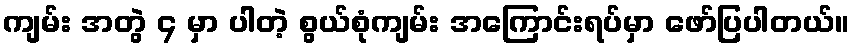
ကျမ်း အတွဲ ၄ မှာ ပါတဲ့ စွယ်စုံကျမ်း အကြောင်းရပ်မှာ ဖော်ပြပါတယ်။